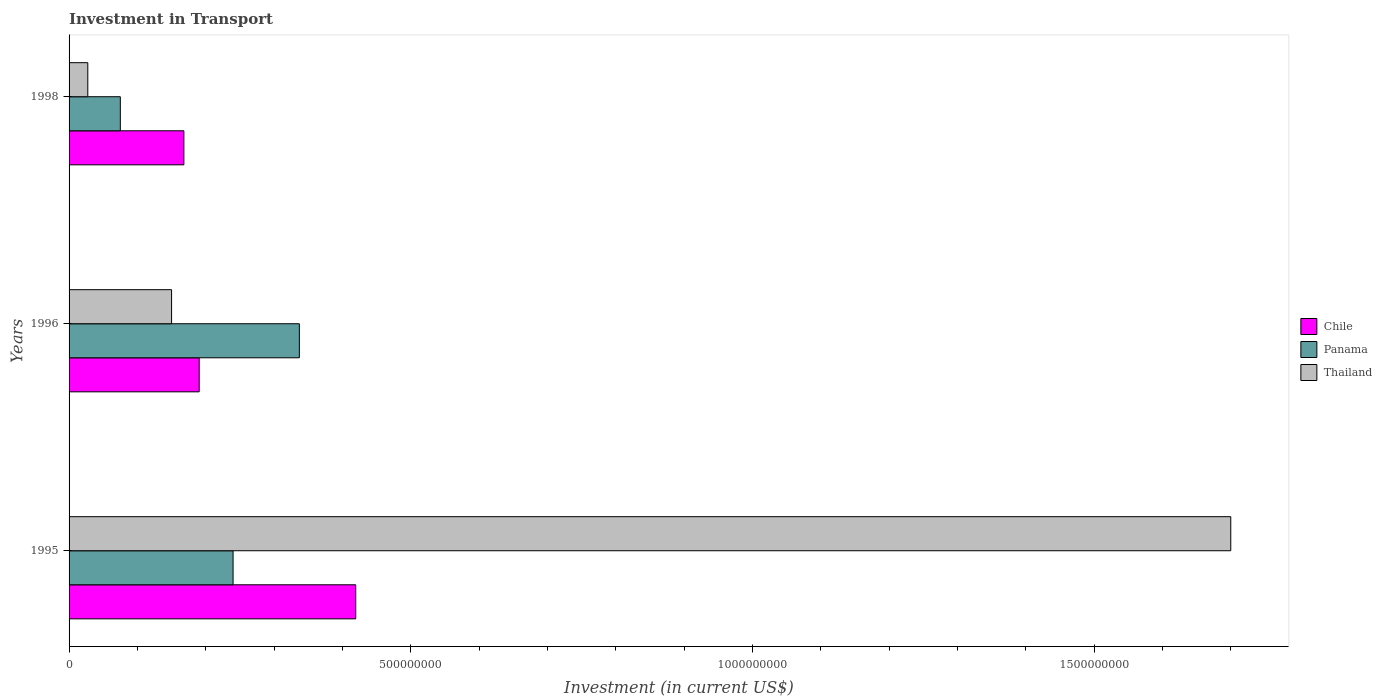
| Years | Chile | Panama | Thailand |
 | --- | --- | --- | --- |
 | 1995 | 4.2e+08 | 2.4e+08 | 1.7e+09 |
 | 1996 | 1.9e+08 | 3.37e+08 | 1.5e+08 |
 | 1998 | 1.68e+08 | 7.5e+07 | 2.74e+07 |